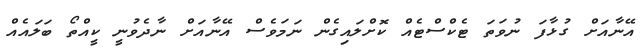
އޭނާއަށް ގުޅާފަ ނުވަތަ ޓެކްސްޓެއް ކޮށްލައިގެން ނަމަވެސް އޭނާއަށް ނާދެވުނީ ކީއްތޯ ބަލައެއް